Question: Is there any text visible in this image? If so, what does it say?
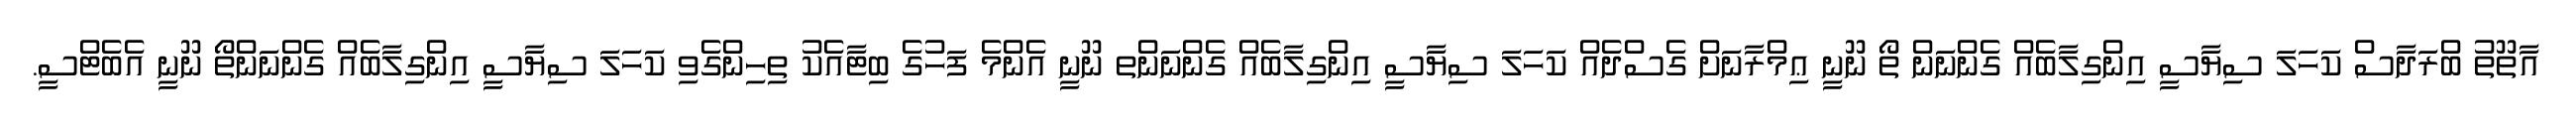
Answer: އާތޫތު ބްރަދާސް ކަހަލަ ސިޔާސީ އިންގިލާބެއް ގެންނަން ތޯ ނޫނީ ޢިމްރާނަށް ގެސްދެއް ކަހަލަ ސިޔާސީ އިންގިލާބެއް ގެންނަންތ ނޫނީ އެންމެ ފަހުގެ ބިޓާއެކު ތިހިންގެވި ކަހަލަ ސިޔާސީ އިންގިލާބެއް ގެންނަންތޯ ނޫނީ އެބެޓްސީ.